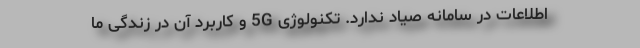
اطلاعات در سامانه صیاد ندارد. تکنولوژی 5G و کاربرد آن در زندگی ما